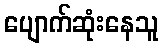
ပျောက်ဆုံးနေသူ